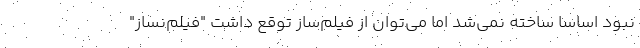
نبود اساساً ساخته نمی‌شد اما می‌توان از فیلم‌ساز توقع داشت "فیلم‌نساز"